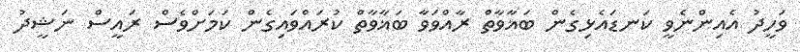
ވަހީދު އެއިންނެވީ ކަނޑައެޅިގެން ބަޣާވާތް ރާއްވަވާ ބަޣާވާތް ކުރައްވައިގެން ކަމަށްވެސް ރައީސް ނަޝީދު